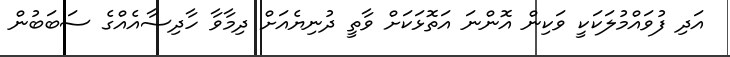
އަދި ފުވައްމުލަކަކީ ވަކިން އޮންނަ އަތޮޅަކަށް ވާތީ ދުނިޔެއަށް ދިމާވާ ހާދިސާއެއްގެ ސަބަބުން